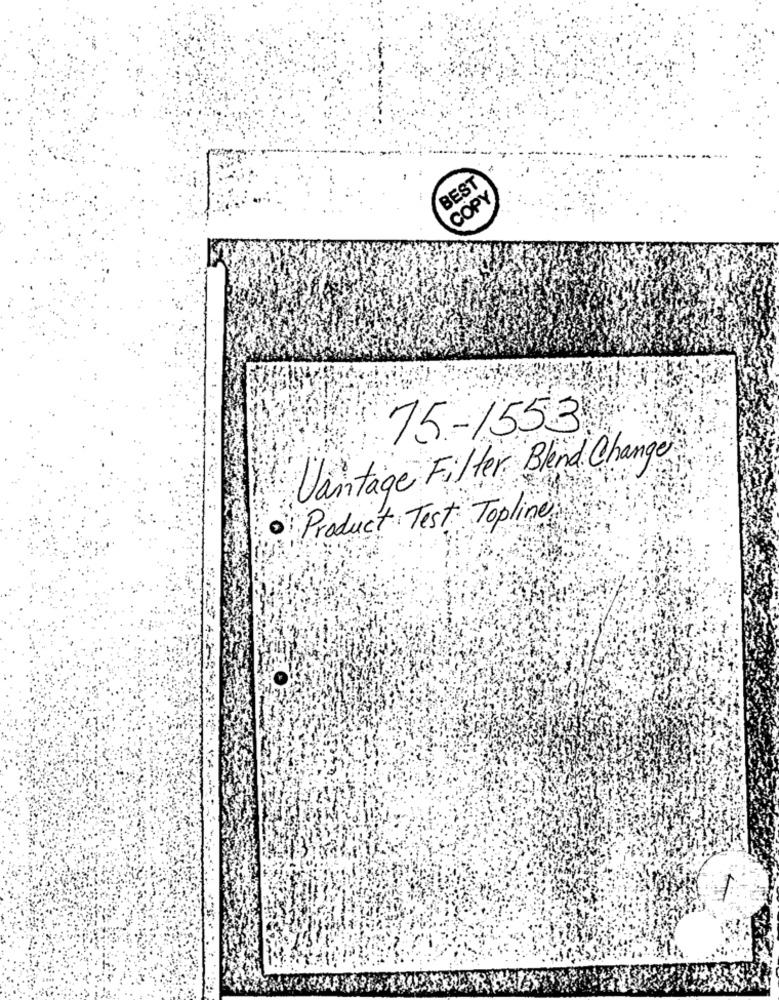
BEST
COPY
75-1553
Vintage Filter Blend Change
· Product Test Topline